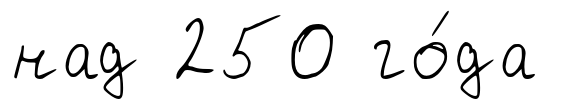
над 250 го́да